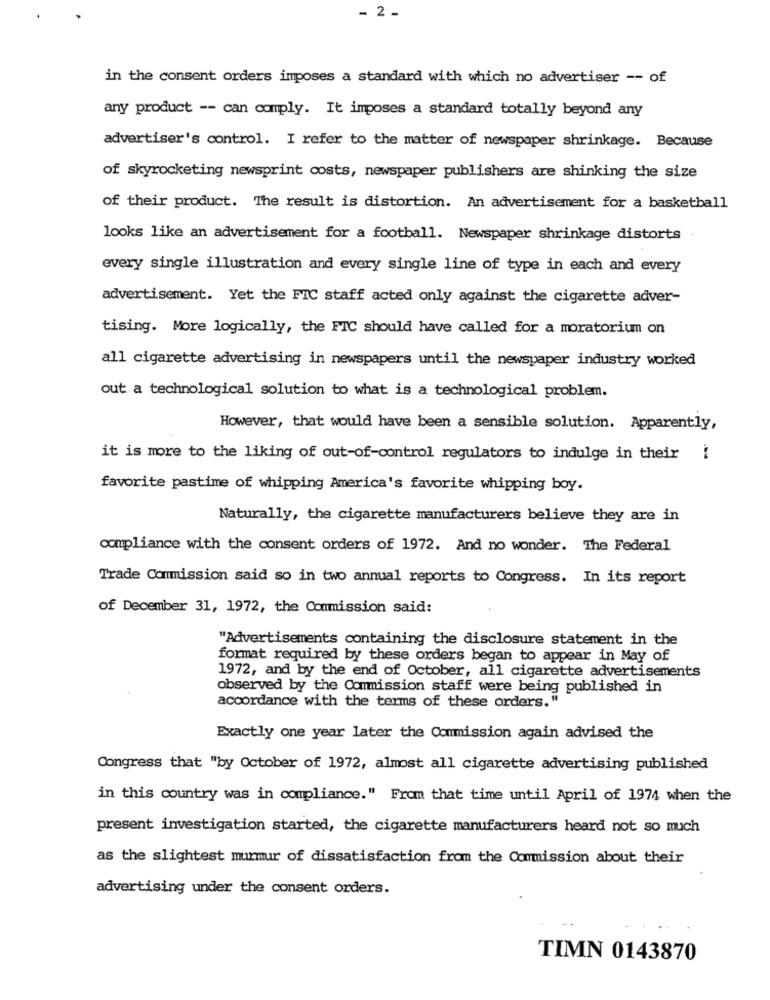
- 2 -
in the consent orders imposes a standard with which no advertiser -- of
any product -- can comply. It imposes a standard totally beyond any
advertiser's control. I refer to the matter of newspaper shrinkage. Because
of skyrocketing newsprint costs, newspaper publishers are shinking the size
of their product. The result is distortion. An advertisement for a basketball
looks like an advertisement for a football. Newspaper shrinkage distorts .
every single illustration and every single line of type in each and every
advertisement. Yet the FIC staff acted only against the cigarette adver-
tising. More logically, the FIC should have called for a moratorium on
all cigarette advertising in newspapers until the newspaper industry worked
out a technological solution to what is a technological problem.
However, that would have been a sensible solution. Apparently,
it is more to the liking of out-of-control regulators to indulge in their i
favorite pastime of whipping America's favorite whipping boy.
Naturally, the cigarette manufacturers believe they are in
compliance with the consent orders of 1972. And no wonder. The Federal
Trade Commission said so in two annual reports to Congress. In its report
of December 31, 1972, the Commission said:
"Advertisements containing the disclosure statement in the
format required by these orders began to appear in May of
1972, and by the end of October, all cigarette advertisements
observed by the Commission staff were being published in
accordance with the terms of these orders."
Exactly one year later the Commission again advised the
Congress that "by October of 1972, almost all cigarette advertising published
in this country was in compliance." From that time until April of 1974 when the
present investigation started, the cigarette manufacturers heard not so much
as the slightest murmur of dissatisfaction from the Commission about their
advertising under the consent orders.
TIMN 0143870